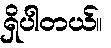
ရှိပါတယ်။